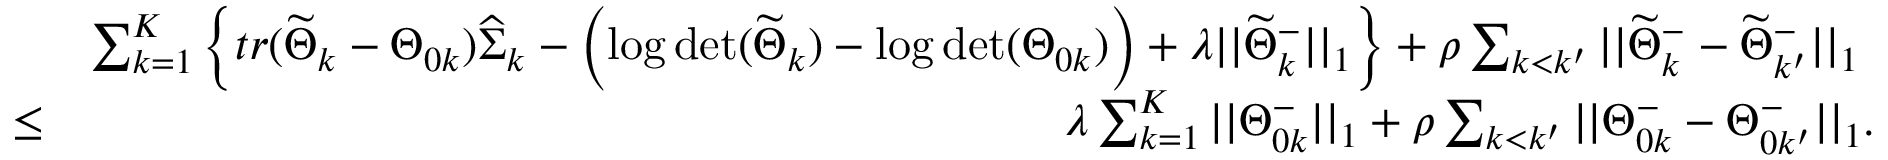
\begin{array} { r l r } & { } & { \sum _ { k = 1 } ^ { K } \left\{ t r ( \widetilde { \Theta } _ { k } - \Theta _ { 0 k } ) \widehat { \Sigma } _ { k } - \left( \log \operatorname* { d e t } ( \widetilde { \Theta } _ { k } ) - \log \operatorname* { d e t } ( \Theta _ { 0 k } ) \right) + \lambda | | \widetilde { \Theta } _ { k } ^ { - } | | _ { 1 } \right\} + \rho \sum _ { k < k ^ { \prime } } | | \widetilde { \Theta } _ { k } ^ { - } - \widetilde { \Theta } _ { k ^ { \prime } } ^ { - } | | _ { 1 } \ } \\ & { \leq } & { \lambda \sum _ { k = 1 } ^ { K } | | \Theta _ { 0 k } ^ { - } | | _ { 1 } + \rho \sum _ { k < k ^ { \prime } } | | \Theta _ { 0 k } ^ { - } - \Theta _ { 0 k ^ { \prime } } ^ { - } | | _ { 1 } . } \end{array}